Vaccination in the Punjab 1905-1918 - 1905-1918
Year: 1905
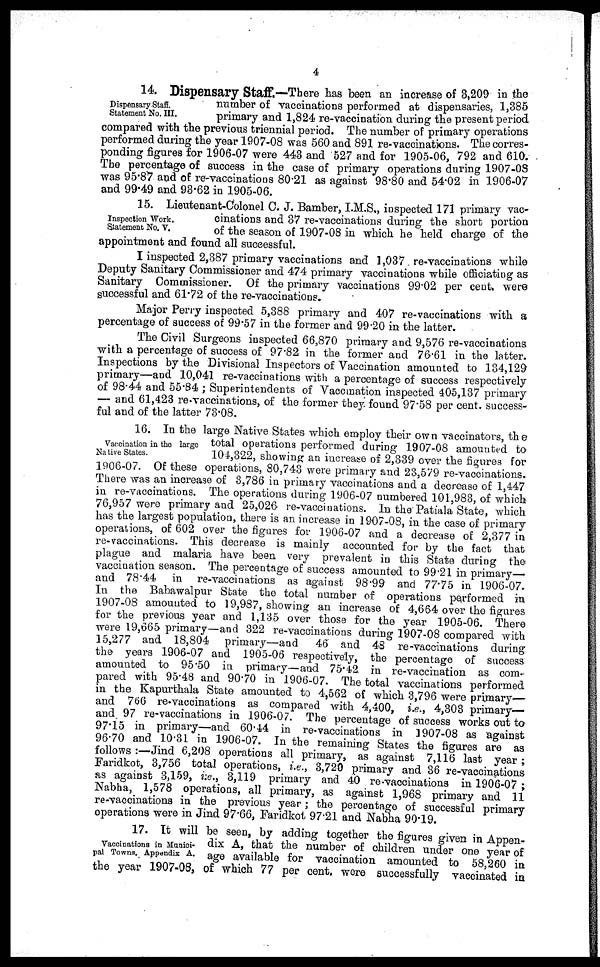
4
Dispensary Staff.
Statement No. III.
14. Dispensary Staff.—There has been an increase of 3,209 in the
number of vaccinations performed at dispensaries, 1,385
primary and 1,824 re-vaccination during the present period
compared with the previous triennial period. The number of primary operations
performed during the year 1907-08 was 560 and 891 re-vaccinations. The corres-
ponding figures for 1906-07 were 443 and 527 and for 1905-06, 792 and 610.
The percentage of success in the case of primary operations during 1907-08
was 95.87 and of re-vaccinations 80.21 as against 98.80 and 54.02 in 1906-07
and 99.49 and 93.62 in 1905-06.
Inspection Work.
Statement No. V.
15. Lieutenant-Colonel C. J. Bamber, I.M.S., inspected 171 primary vac-
cinations and 37 re-vaccinations during the short portion
of the season of 1907-08 in which he held charge of the
appointment and found all successful.
I inspected 2,387 primary vaccinations and 1,037 re-vaccinations while
Deputy Sanitary Commissioner and 474 primary vaccinations while officiating as
Sanitary Commissioner. Of the primary vaccinations 99.02 per cent. were
successful and 61.72 of the re-vaccinations.
Major Perry inspected 5,388 primary and 407 re-vaccinations with a
percentage of success of 99.57 in the former and 99.20 in the latter.
The Civil Surgeons inspected 66,870 primary and 9,576 re-vaccinations
with a percentage of success of 97.82 in the former and 76.61 in the latter.
Inspections by the Divisional Inspectors of Vaccination amounted to 134,129
primary—and 10,041 re-vaccinations with a percentage of success respectively
of 98.44 and 55.84 ; Superintendents of Vaccination inspected 405,137 primary
— and 61,423 re-vaccinations, of the former they found 97.58 per cent. success-
ful and of the latter 73.08.
Vaccination in the large
Native States.
16. In the large Native States which employ their own vaccinators, the
total operations performed during 1907-08 amounted to
104,322, showing an increase of 2,339 over the figures for
1906-07. Of these operations, 80,743 were primary and 23,579 re-vaccinations.
There was an increase of 3,786 in primary vaccinations and a decrease of 1,447
in re-vaccinations. The operations during 1906-07 numbered 101,983, of which
76,957 were primary and 25,026 re-vaccinations. In the Patiala State, which
has the largest population, there is an increase in 1907-08, in the case of primary
operations, of 602 over the figures for 1906-07 and a decrease of 2,377 in
re-vaccinations. This decrease is mainly accounted for by the fact that
plague and malaria have been very prevalent in this State during the
vaccination season. The percentage of success amounted to 99.21 in primary—
and 78.44 in re-vaccinations as against 98.99 and 77.75 in 1906-07.
In the Bahawalpur State the total number of operations performed in
1907-08 amounted to 19,987, showing an increase of 4,664 over the figures
for the previous year and 1,135 over those for the year 1905-06. There
were 19,665 primary—and 322 re-vaccinations during 1907-08 compared with
15,277 and 18,804 primary—and
46 and 48 re-vaccinations during
the years 1906-07 and 1905-06 respectively, the percentage of success
amounted to 95.50 in primary—and 75.42 in re-vaccination as com-
pared with 95.48 and 90.70 in 1906-07. The total vaccinations performed
in the Kapurthala State amounted to 4,562 of which 3,796 were primary—
and 766 re-vaccinations as compared with 4,400, i.e., 4,303 primary—
and, 97 re-vaccinations in 1906-07. The percentage of success works out to
97.15 in primary—and 60.44 in re-vaccinations in 1907-08 as against
96.70 and 10.31 in 1906-07. In the remaining States the figures are as
follows :—Jind 6,208 operations all primary, as against 7,116 last year ;
Faridkot, 3,756 total operations, i.e., 3,720 primary and 36 re-vaccinations
as against 3,159, i:e., 3,119 primary and 40 re-vaccinations in 1906-07 ;
Nabha, 1,578 operations, all primary, as against 1,968 primary and 11
re-vaccinations in the previous year; the percentage of successful primary
operations were in Jind 97.66, Faridkot 97.21 and Nabha 90.19.
Vaccinations in Munici-
pal Towns. Appendix A.
17. It will be seen, by adding together the figures given in Appen-
dix A, that the number of children under one year of
age available for vaccination amounted to 58,260 in
the year 1907-08, of which 77 per cent. were successfully vaccinated in